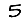
Digit: 5